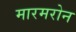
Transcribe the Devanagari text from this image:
मारमरोन